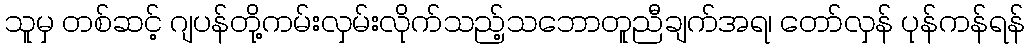
သူမှ တစ်ဆင့် ဂျပန်တို့ကမ်းလှမ်းလိုက်သည့်သဘောတူညီချက်အရ၊ တော်လှန် ပုန်ကန်ရန်